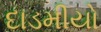
દાડમીયો